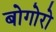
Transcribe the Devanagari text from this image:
बोगोरो